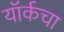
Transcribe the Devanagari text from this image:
यॉर्कचा